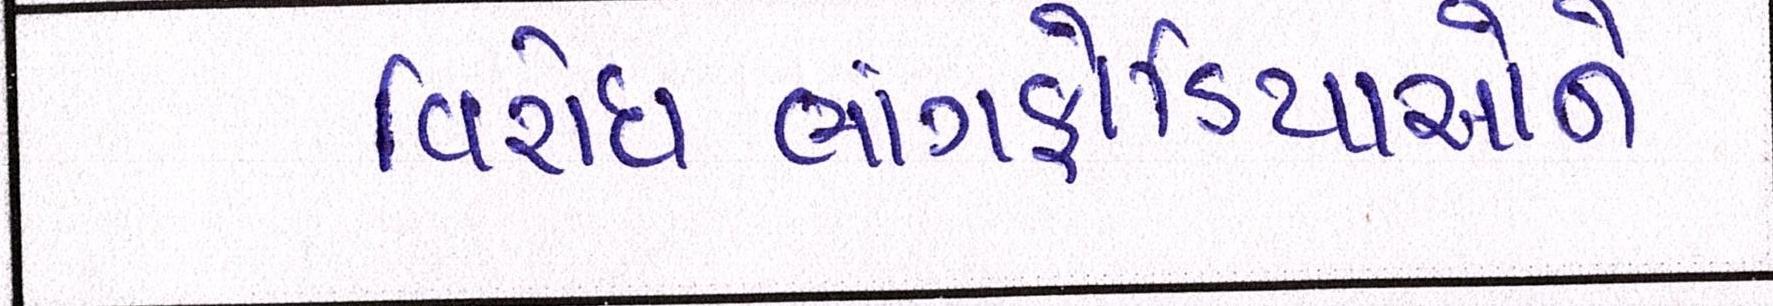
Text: વિરોધભાંગફોડિયાઓને